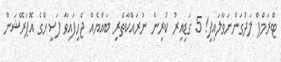
ޓްރަމްޕް ލަދުގަންނަވާލައިފި! 5 ގަޑިއިރު ކުރިން ނުރައްކާތެރި ބައްޔެއް ޖެހިފައިވާ ފަސީހްގެ އޮޕަރޭޝަން